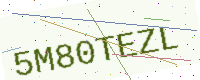
Text: 5M80TEZL